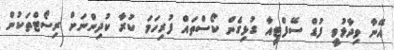
އޭނާ ވިދާޅުވީ ފުޑް ސޭފްޓީއާ ގުޅިގެން ކޯސްތައް ފުރިހަމަ ކުރާ ކުދިންނަށް ރިސޯޓްތަކުން